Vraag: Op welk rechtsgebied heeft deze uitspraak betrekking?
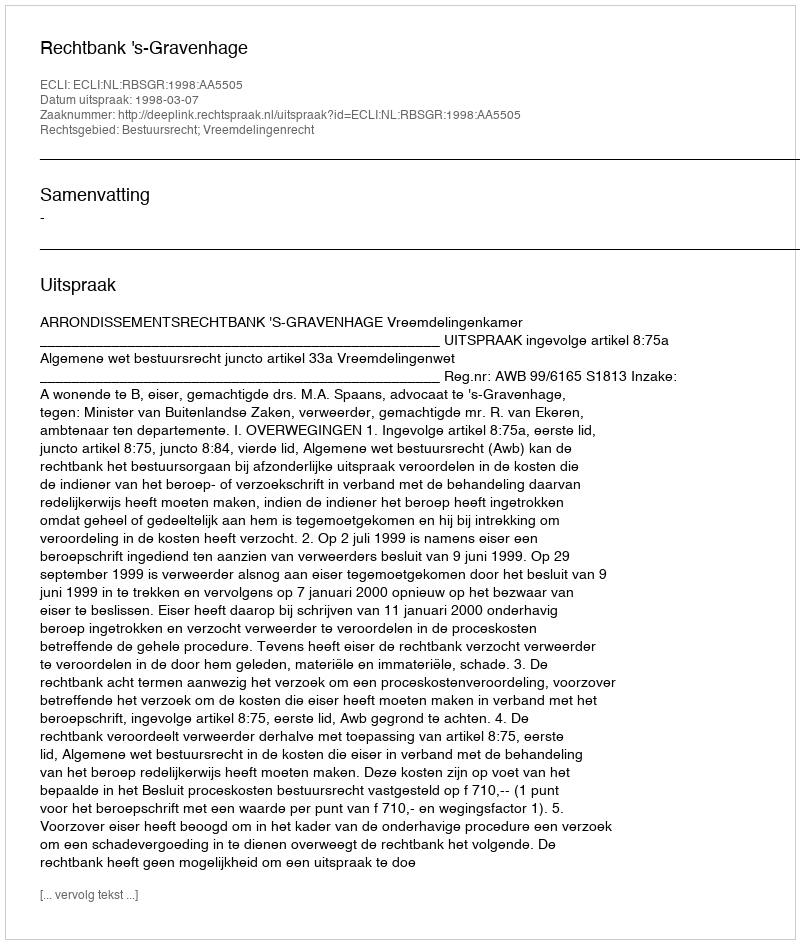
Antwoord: Bestuursrecht; Vreemdelingenrecht